Annual report of the Punjab Veterinary College and of the Civil Veterinary Department, Punjab - 1894-1908
Year: 1894
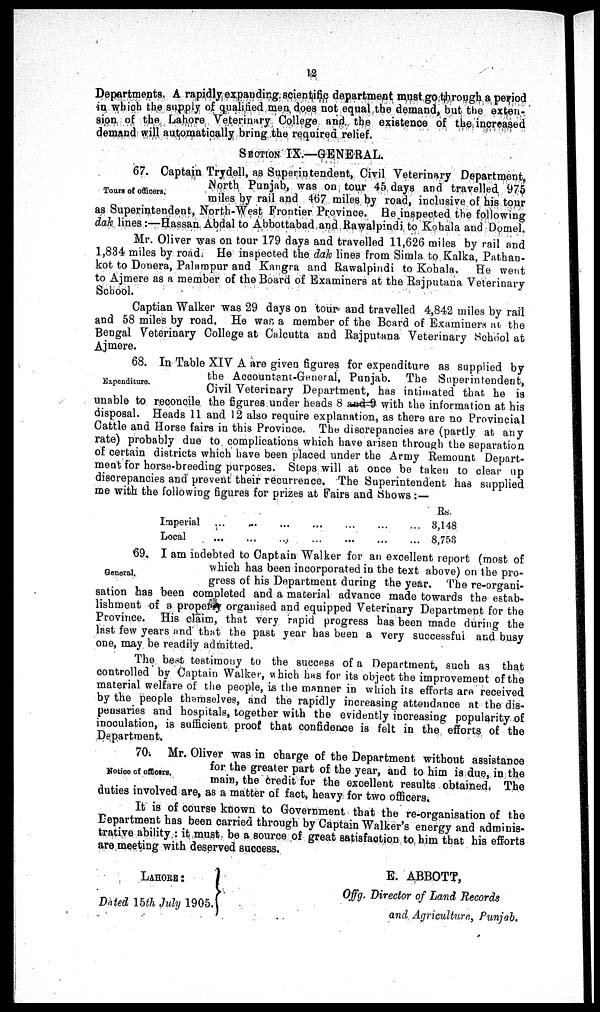
12
Departments. A rapidly expanding scientific department must go through a period
in which the supply of qualified men does not equal the demand, but the exten-
sion of the Lahore Veterinary College and the existence of the increased
demand will automatically bring the required relief.
SEOTION IX.—GENERAL.
Tours of officers.
67. Captain Trydell, as Superintendent, Civil Veterinary Department,
North Punjab, was on tour 45 days and travelled 975
miles by rail and 467 miles by road, inclusive of his tour
as Superintendent, North-West Frontier Province. He inspected the following
dak lines:—Hassan Abdal to Abbottabad and Rawalpindi to Kohala and Domel.
Mr. Oliver was on tour 179 days and travelled 11,626 miles by rail and
1,834 miles by road. He inspected the dak lines from Simla to Kalka, Pathan-
kot to Donera, Palampur and Kangra and Rawalpindi to Kohala. He went
to Ajmere as a member of the Board of Examiners at the Rajputana Veterinary
School.
Captian Walker was 29 days on tour and travelled 4,842 miles by rail
and 58 miles by road. He was a member of the Board of Examiners at the
Bengal Veterinary College at Calcutta and Rajputana Veterinary School at
Ajmere.
Expenditure.
68. In Table XIV A are given figures for expenditure as supplied by
the Accountant-General, Punjab. The Superintendent,
Civil Veterinary Department, has intimated that he is
unable to reconcile the figures under heads 8 and 9 with the information at his
disposal. Heads 11 and 12 also require explanation, as there are no Provincial
Cattle and Horse fairs in this Province. The discrepancies are (partly at any
rate) probably due to complications which have arisen through the separation
of certain districts which have been placed under the Army Remount Depart-
ment for horse-breeding purposes. Steps will at once be taken to clear up
discrepancies and prevent their recurrence. The Superintendent has supplied
me with the following figures for prizes at Fairs and Shows:—
Imperial ... ... ... ... ... ... ... ...
Local ... ... ... ... ... ... ... ...
Rs.
3,148
8,753
General.
69. I am indebted to Captain Walker for an excellent report (most of
which has been incorporated in the text above) on the pro-
gress of his Department during the year. The re-organi-
sation has been completed and a material advance made towards the estab-
lishment of a property organised and equipped Veterinary Department for the
Province. His claim, that very rapid progress has been made during the
last few years and that the past year has been a very successful and busy
one, may be readily admitted.
The best testimony to the success of a Department, such as that
controlled by Captain Walker, which has for its object the improvement of the
material welfare of the people, is the manner in which its efforts are received
by the people themselves, and the rapidly increasing attendance at the dis-
pensaries and hospitals, together with the evidently increasing popularity of
inoculation, is sufficient proof that confidence is felt in the efforts of the
Department.
Notice of officers.
70. Mr. Oliver was in charge of the Department without assistance
for the greater part of the year, and to him is due, in the
main, the credit for the excellent results obtained. The
duties involved are, as a matter of fact, heavy for two officers.
It is of course known to Government that the re-organisation of the
Department has been carried through by Captain Walker's energy and adminis-
trative ability: it must be a source of great satisfaction to him that his efforts
are meeting with deserved success.
LAHORE :
Dated 15th July 1905.
E. ABBOTT,A
Offg. Director of Land Records
and Agriculture, Punjab.